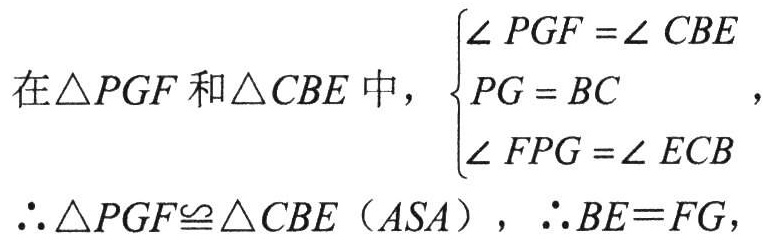
在$\triangle PGF$和$\triangle CBE$中，$\begin{cases}

\angle PGF = \angle CBE \\

PG = BC \\

\angle FPG = \angle ECB

\end{cases}$，

$\therefore \triangle PGF\cong \triangle CBE（ASA）$，$\therefore BE = FG$，